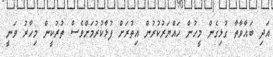
އަދި ބަޣާވާތާ ގުޅިގެން މީހުން ހައްޔަރުކުރުން އިތުރަށް ފުޅާކުރުމަށްވެސް ތުރުކީން މިހާރު ވަނީ